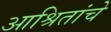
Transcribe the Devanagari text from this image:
आश्रितांचे